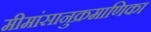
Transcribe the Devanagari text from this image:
मीमांसानुक्रमाणिका